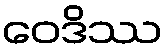
ဝေဒိဿ